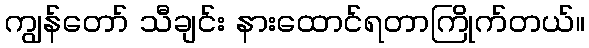
ကျွန်တော် သီချင်း နားထောင်ရတာကြိုက်တယ်။